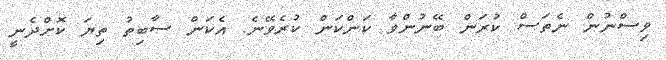
ވިސްނުން ނެތަސް ކުރަން ބޭނުންވާ ކަންކަން ކުރެވޭނެ. އެކަން ސާބިތު ތިޔަ ކޮށްދެނީ